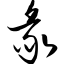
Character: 彖